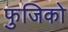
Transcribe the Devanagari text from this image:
फुजिको